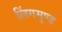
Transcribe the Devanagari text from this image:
लिंगमुण्ड